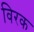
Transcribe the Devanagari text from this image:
विरक